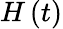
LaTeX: H\left(t\right)